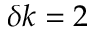
\delta k = 2